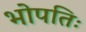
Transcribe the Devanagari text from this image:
भोपतिः